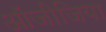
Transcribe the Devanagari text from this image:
ऑजीजिया